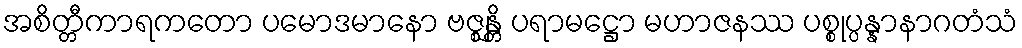
အစိတ္တီကာရကတော ပမောဒမာနော ဗဇ္ဈန္တိ ပရာမဋ္ဌော မဟာဇနဿ ပစ္စုပ္ပန္နာနာဂတံသံ